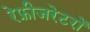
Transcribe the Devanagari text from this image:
रेफ्रीजरेटरों